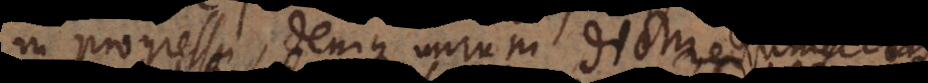
in progressu, denique mirum dictu, c